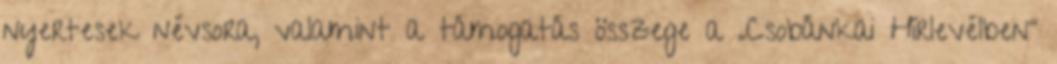
nyertesek névsora, valamint a támogatás összege a „Csobánkai Hírlevélben”